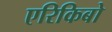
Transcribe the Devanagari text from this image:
एरिकिबो